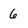
Character: 6